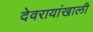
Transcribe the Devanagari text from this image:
देवरायांखाली